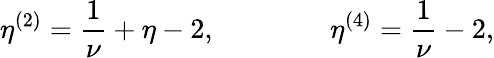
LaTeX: \eta^{(2)}={\frac{1}{\nu}}+\eta-2,\qquad\qquad\eta^{(4)}={\frac{1}{\nu}}-2,